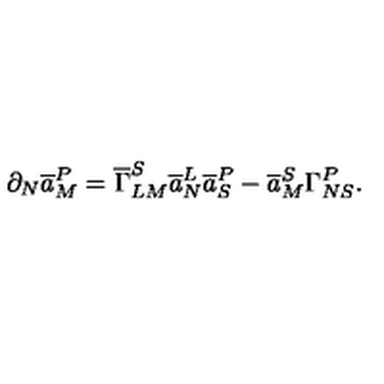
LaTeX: \partial _ { N } \overline { { a } } _ { M } ^ { P } = \overline { { \Gamma } } _ { L M } ^ { S } \overline { { a } } _ { N } ^ { L } \overline { { a } } _ { S } ^ { P } - \overline { { a } } _ { M } ^ { S } \Gamma _ { N S } ^ { P } .